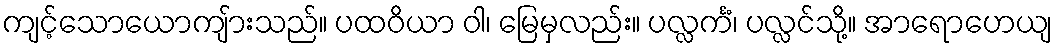
ကျင့်သောယောကျ်ားသည်။ ပထဝိယာ ဝါ၊ မြေမှလည်း။ ပလ္လင်္ကံ၊ ပလ္လင်သို့။ အာရောဟေယျ